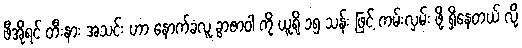
ဖီအိုရင် တီးနား အသင်း ဟာ နောက်ခံလူ ခွာဇာဝါ ကို ယူရို ၁၅ သန်း ဖြင့် ကမ်းလှမ်း ဖို့ ရှိနေတယ် လို့